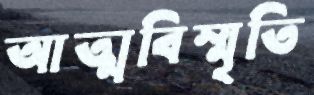
আত্মবিস্মৃতি